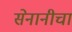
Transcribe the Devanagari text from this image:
सेनानीचा